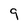
Character: 9